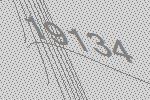
19134